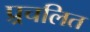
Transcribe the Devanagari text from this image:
प्र्रचलित